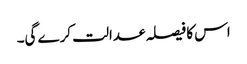
اس کا فیصلہ عدالت کرے گی۔